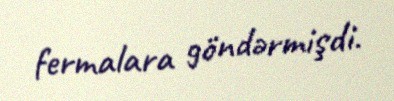
fermalara göndərmişdi.